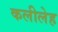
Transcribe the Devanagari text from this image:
कलीलेह